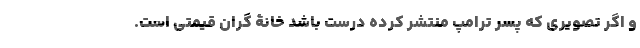
و اگر تصویری که پسر ترامپ منتشر کرده درست باشد خانۀ گران قیمتی است.